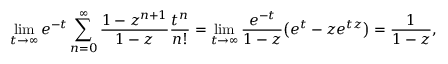
\operatorname* { l i m } _ { t \rightarrow \infty } e ^ { - t } \sum _ { n = 0 } ^ { \infty } { \frac { 1 - z ^ { n + 1 } } { 1 - z } } { \frac { t ^ { n } } { n ! } } = \operatorname* { l i m } _ { t \rightarrow \infty } { \frac { e ^ { - t } } { 1 - z } } { \big ( } e ^ { t } - z e ^ { t z } { \big ) } = { \frac { 1 } { 1 - z } } ,